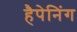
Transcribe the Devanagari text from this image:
हैपेनिंग